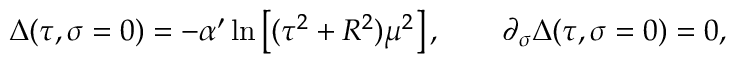
\Delta ( \tau , \sigma = 0 ) = - \alpha ^ { \prime } \ln \left[ ( \tau ^ { 2 } + R ^ { 2 } ) \mu ^ { 2 } \right] , \qquad \partial _ { \sigma } \Delta ( \tau , \sigma = 0 ) = 0 ,